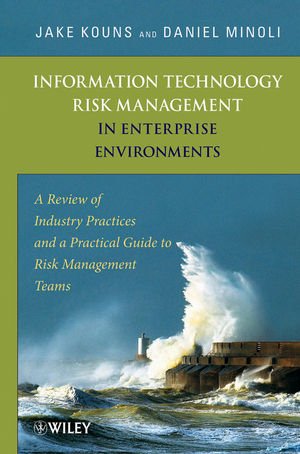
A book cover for Information Technology Risk Management in Enterprise Environments: A Review of Industry Practices and a Practical Guide to Risk Management Teams; Jake Kouns; Computers & Technology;